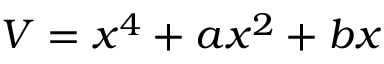
V = x ^ { 4 } + a x ^ { 2 } + b x